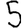
Digit: 5